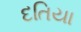
દતિયા